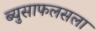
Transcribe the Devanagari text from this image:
ब्युसाफलसला